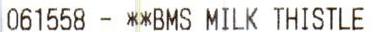
061558 - **BMS MILK THISTLE